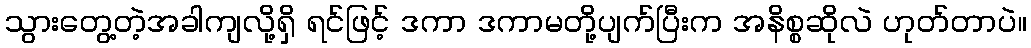
သွားတွေ့တဲ့အခါကျလို့ရှိ ရင်ဖြင့် ဒကာ ဒကာမတို့ပျက်ပြီးက အနိစ္စဆိုလဲ ဟုတ်တာပဲ။